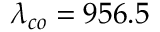
\lambda _ { c o } = 9 5 6 . 5